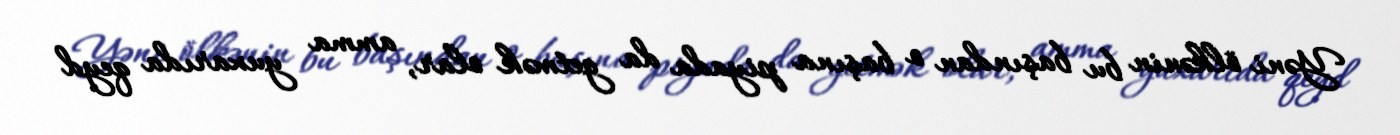
Yəni ölkənin bu başından o başına piyada da getmək olar, amma yuxarıda qeyd